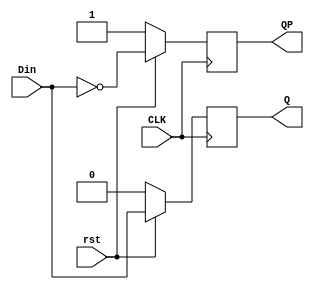
`timescale 1ns / 1ps
//////////////////////////////////////////////////////////////////////////////////
// Company: 
// Engineer: 
// 
// Design Name: 
// Module Name:    dff 
// Project Name: 
// Target Devices: 
// Tool versions: 
// Description: 
//
// Dependencies: 
//
// Revision: 
// Revision 0.01 - File Created
// Additional Comments: 
//
//////////////////////////////////////////////////////////////////////////////////
module dff (Q , QP, CLK , Din, rst);
	input CLK,Din,rst;
	output Q , QP;
	reg Q , QP;
	
	initial 
		begin
			Q = 1'b0; 
			QP = 1'b1;
	   end
	
    always @ (posedge CLK) 
			begin
			  if(~rst)
				  begin
					Q = 1'b0;
					QP= 1'b1;
				  end
			  else
				  begin
					Q = Din;
					QP = ~Din;
				  end
			  
			end
endmodule